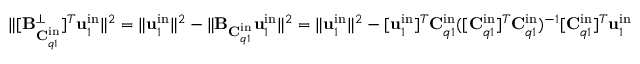
\| [ \mathbf { B } _ { \mathbf { C } _ { q 1 } ^ { \mathrm { i n } } } ^ { \perp } ] ^ { T } \mathbf { u } _ { 1 } ^ { \mathrm { i n } } \| ^ { 2 } = \| \mathbf { u } _ { 1 } ^ { \mathrm { i n } } \| ^ { 2 } - \| \mathbf { B } _ { \mathbf { C } _ { q 1 } ^ { \mathrm { i n } } } \mathbf { u } _ { 1 } ^ { \mathrm { i n } } \| ^ { 2 } = \| \mathbf { u } _ { 1 } ^ { \mathrm { i n } } \| ^ { 2 } - [ \mathbf { u } _ { 1 } ^ { \mathrm { i n } } ] ^ { T } \mathbf { C } _ { q 1 } ^ { \mathrm { i n } } ( [ \mathbf { C } _ { q 1 } ^ { \mathrm { i n } } ] ^ { T } \mathbf { C } _ { q 1 } ^ { \mathrm { i n } } ) ^ { - 1 } [ \mathbf { C } _ { q 1 } ^ { \mathrm { i n } } ] ^ { T } \mathbf { u } _ { 1 } ^ { \mathrm { i n } }